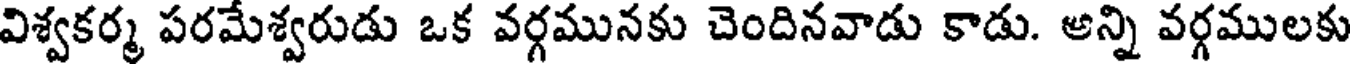
విశ్వకర్మ పరమేశ్వరుడు ఒక వర్గమునకు చెందినవాడు కాడు. అన్ని వర్గములకు